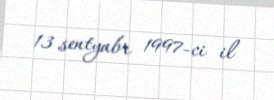
13 sentyabr 1997-ci il